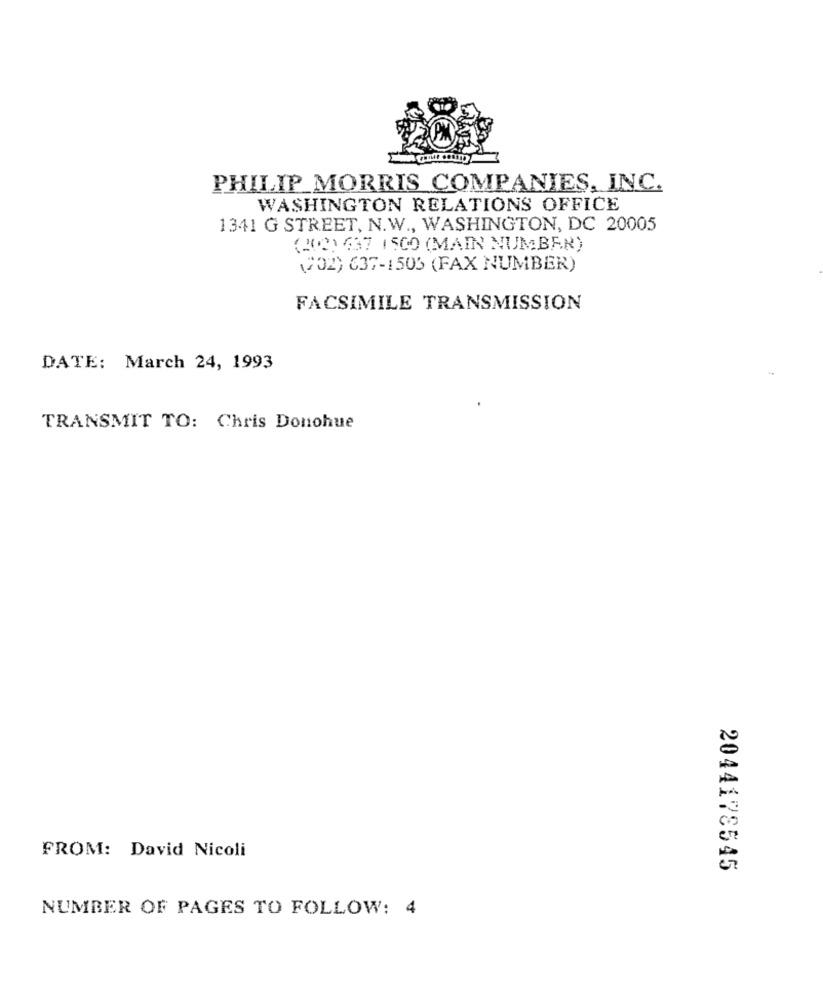
PHILIP MORRIS COMPANIES, INC.
WASHINGTON RELATIONS OFFICE
1341 G STREET, N.W ., WASHINGTON, DC 20005
(2(2) 637 1500 (MAIN NUMBER)
(702) 637-1505 (FAX NUMBER)
FACSIMILE TRANSMISSION
DATE: March 24, 1993
TRANSMIT TO: Chris Donohue
FROM: David Nicoli
2044178545
NUMBER OF PAGES TO FOLLOW: 4